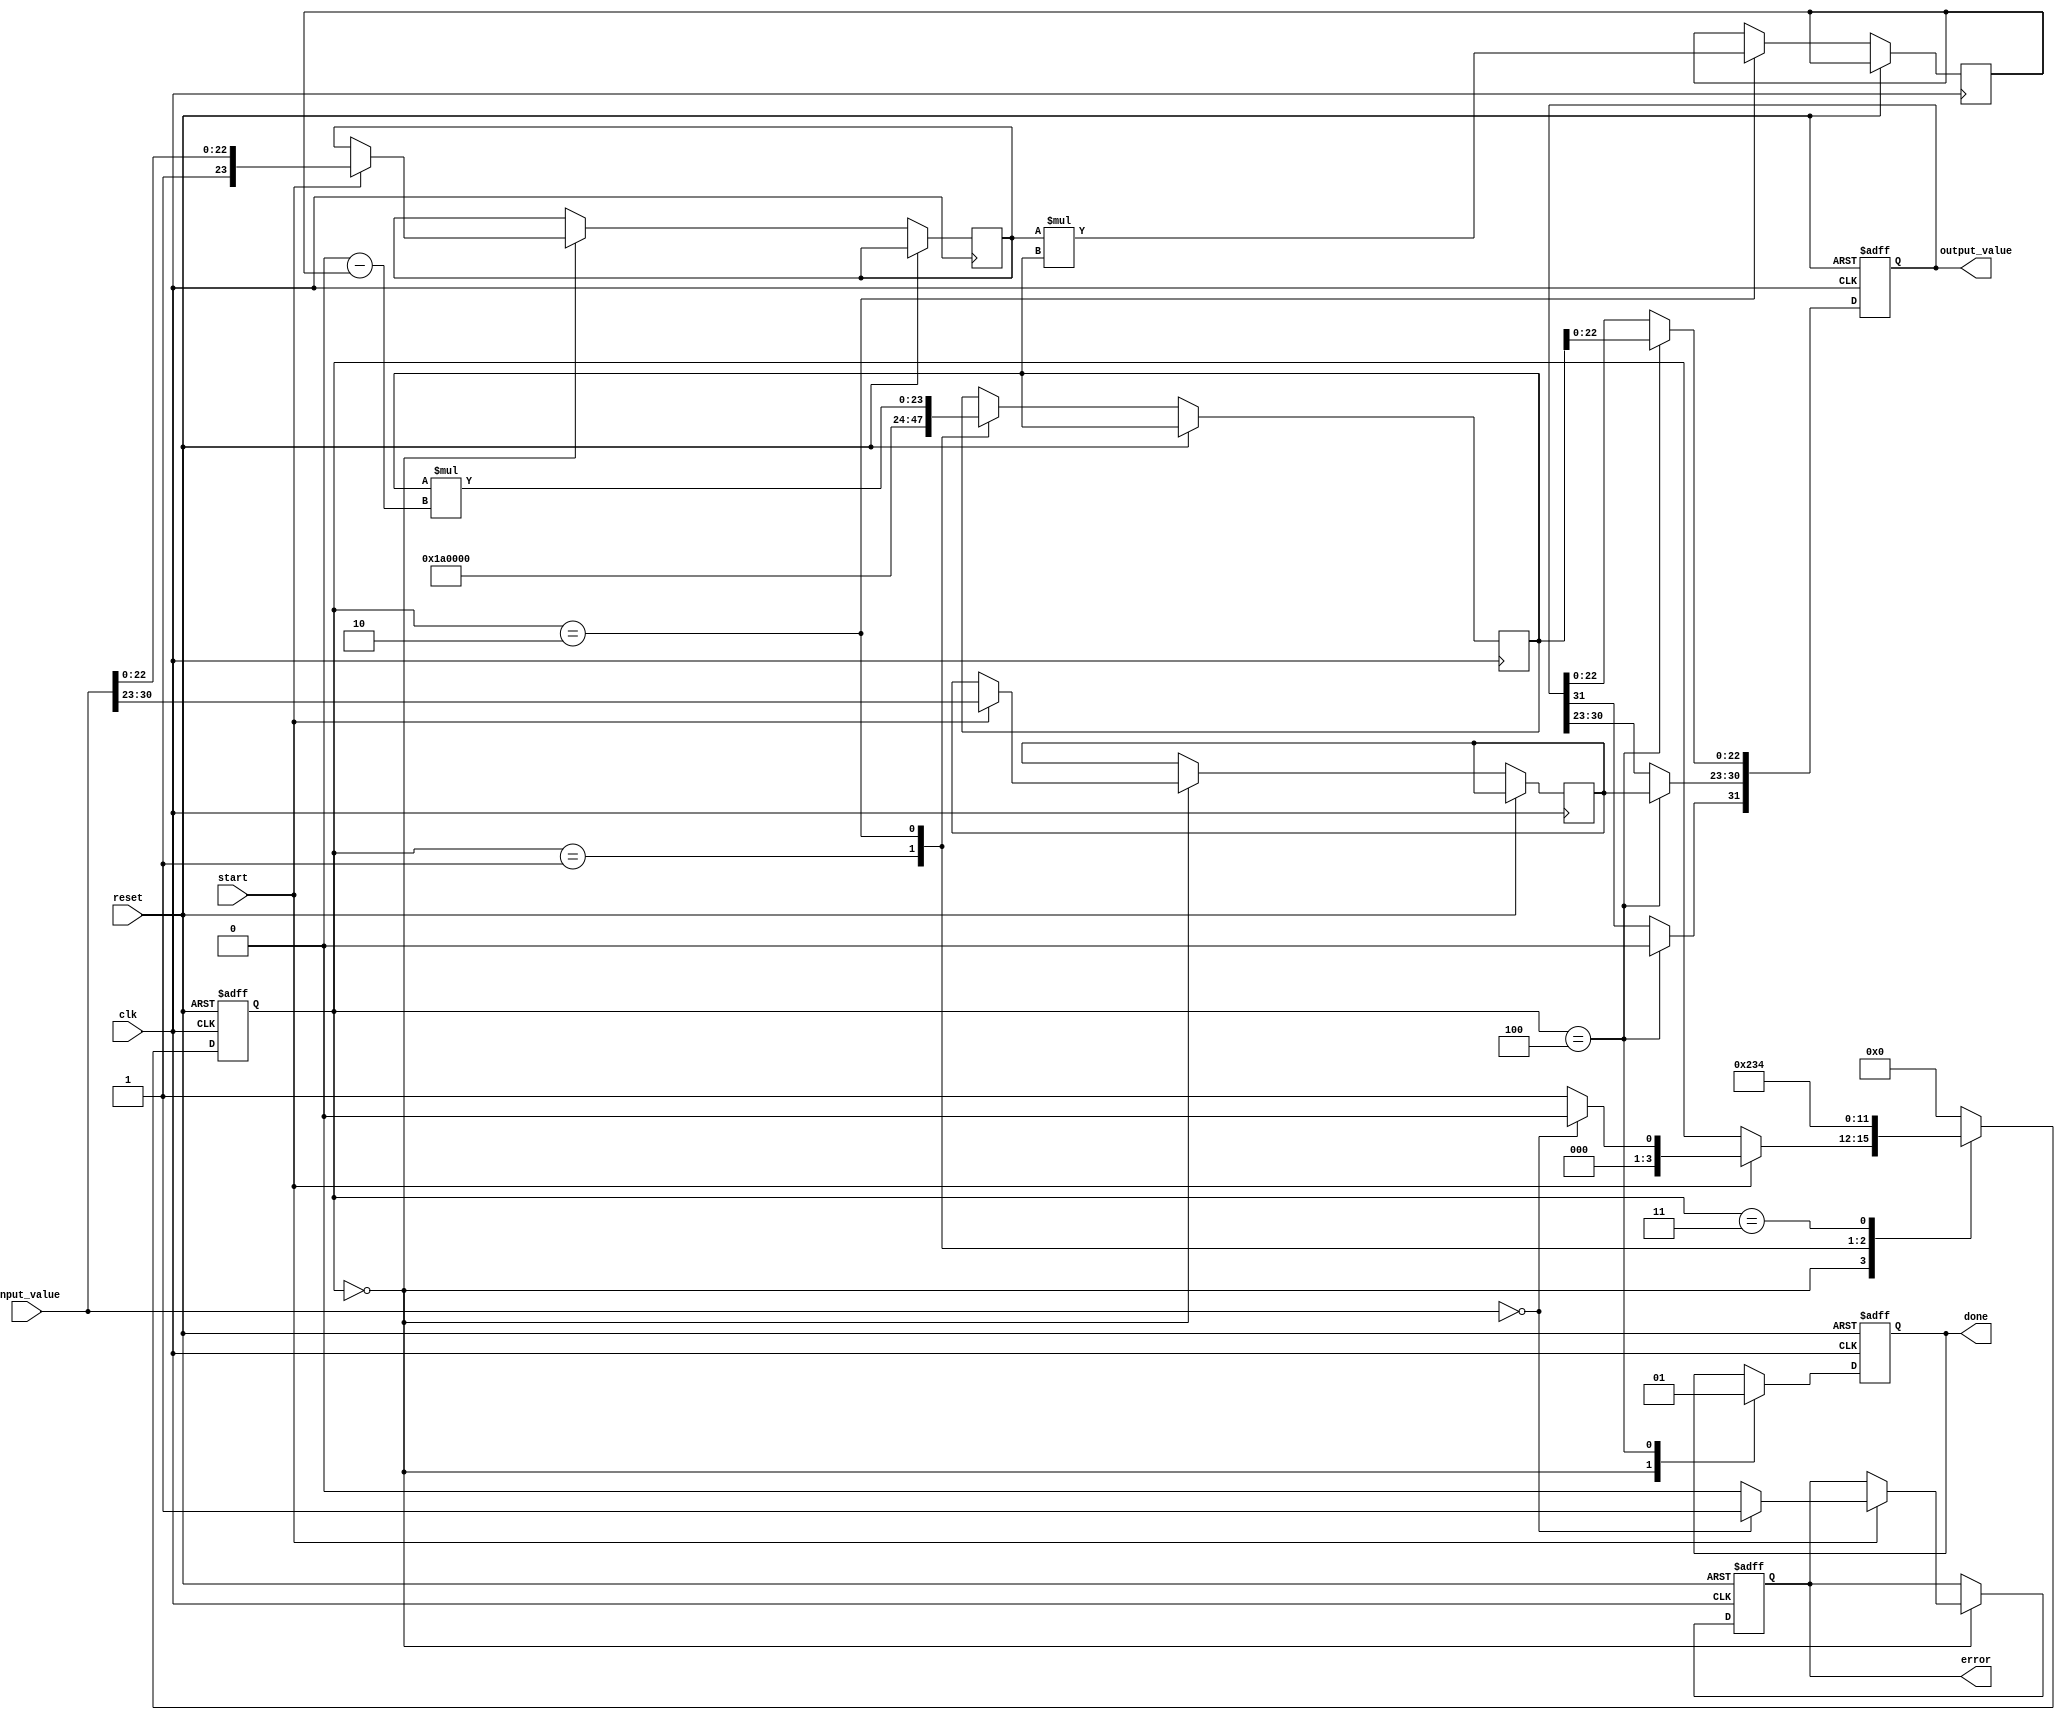
module FloatingPointReciprocal (
    input wire clk,
    input wire reset,
    input wire start,
    input wire [31:0] input_value, // 32 bits for single precision IEEE 754
    output reg [31:0] output_value, // 32 bits for reciprocal result
    output reg done,
    output reg error
);

    // Local variables
    reg [7:0] exponent;
    reg [23:0] mantissa;
    reg sign;
    reg [23:0] approx; // Initial approximation
    reg [23:0] temp1, temp2; // Intermediate variables
    reg [3:0] state;

    // State encoding
    localparam IDLE      = 4'b0000;
    localparam NORM      = 4'b0001;
    localparam APPROX    = 4'b0010;
    localparam ITERATE   = 4'b0011;
    localparam FINALIZE  = 4'b0100;

    // State machine for computing reciprocal
    always @(posedge clk or posedge reset) begin
        if (reset) begin
            state <= IDLE;
            output_value <= 32'b0;
            done <= 1'b0;
            error <= 1'b0;
        end else begin
            case (state)
                IDLE: begin
                    done <= 1'b0;
                    if (start) begin
                        // Normalization Phase
                        sign <= input_value[31]; // Extract sign bit
                        exponent <= input_value[30:23]; // Extract exponent
                        mantissa <= {1'b1, input_value[22:0]}; // Normalize (implicit 1)
                        // Check for zero input
                        if (input_value == 32'b0) begin
                            error <= 1'b1; // Division by zero
                            state <= IDLE; // Remain in IDLE
                        end else begin
                            error <= 1'b0;
                            state <= NORM; // Move to normalization
                        end
                    end
                end

                NORM: begin
                    // Initial approximation for floating-point reciprocal
                    approx <= 24'h1A0000; // Initial guess: 1.25 (for example)
                    state <= APPROX;
                end

                APPROX: begin
                    // Newton-Raphson iteration
                    temp1 <= mantissa * approx; // Multiply mantissa and approx
                    approx <= approx * (24'h2000000 - temp1); // Update approximation
                    state <= ITERATE;
                end

                ITERATE: begin
                    // Iterate for a fixed number of times or until convergence
                    // Here we can loop, for demonstration we'll move to finalize after one iteration
                    state <= FINALIZE;
                end

                FINALIZE: begin
                    // Adjust exponent and format output value
                    output_value[31] <= 1'b0;  // Sign bit is always 0
                    output_value[30:23] <= exponent; // Exponent remains the same for simplicity
                    output_value[22:0] <= approx[22:0]; // Last computed approximation
                    done <= 1'b1; // Set done signal
                    state <= IDLE; // Reset to IDLE state
                end

                default: state <= IDLE;
            endcase
        end
    end
endmodule